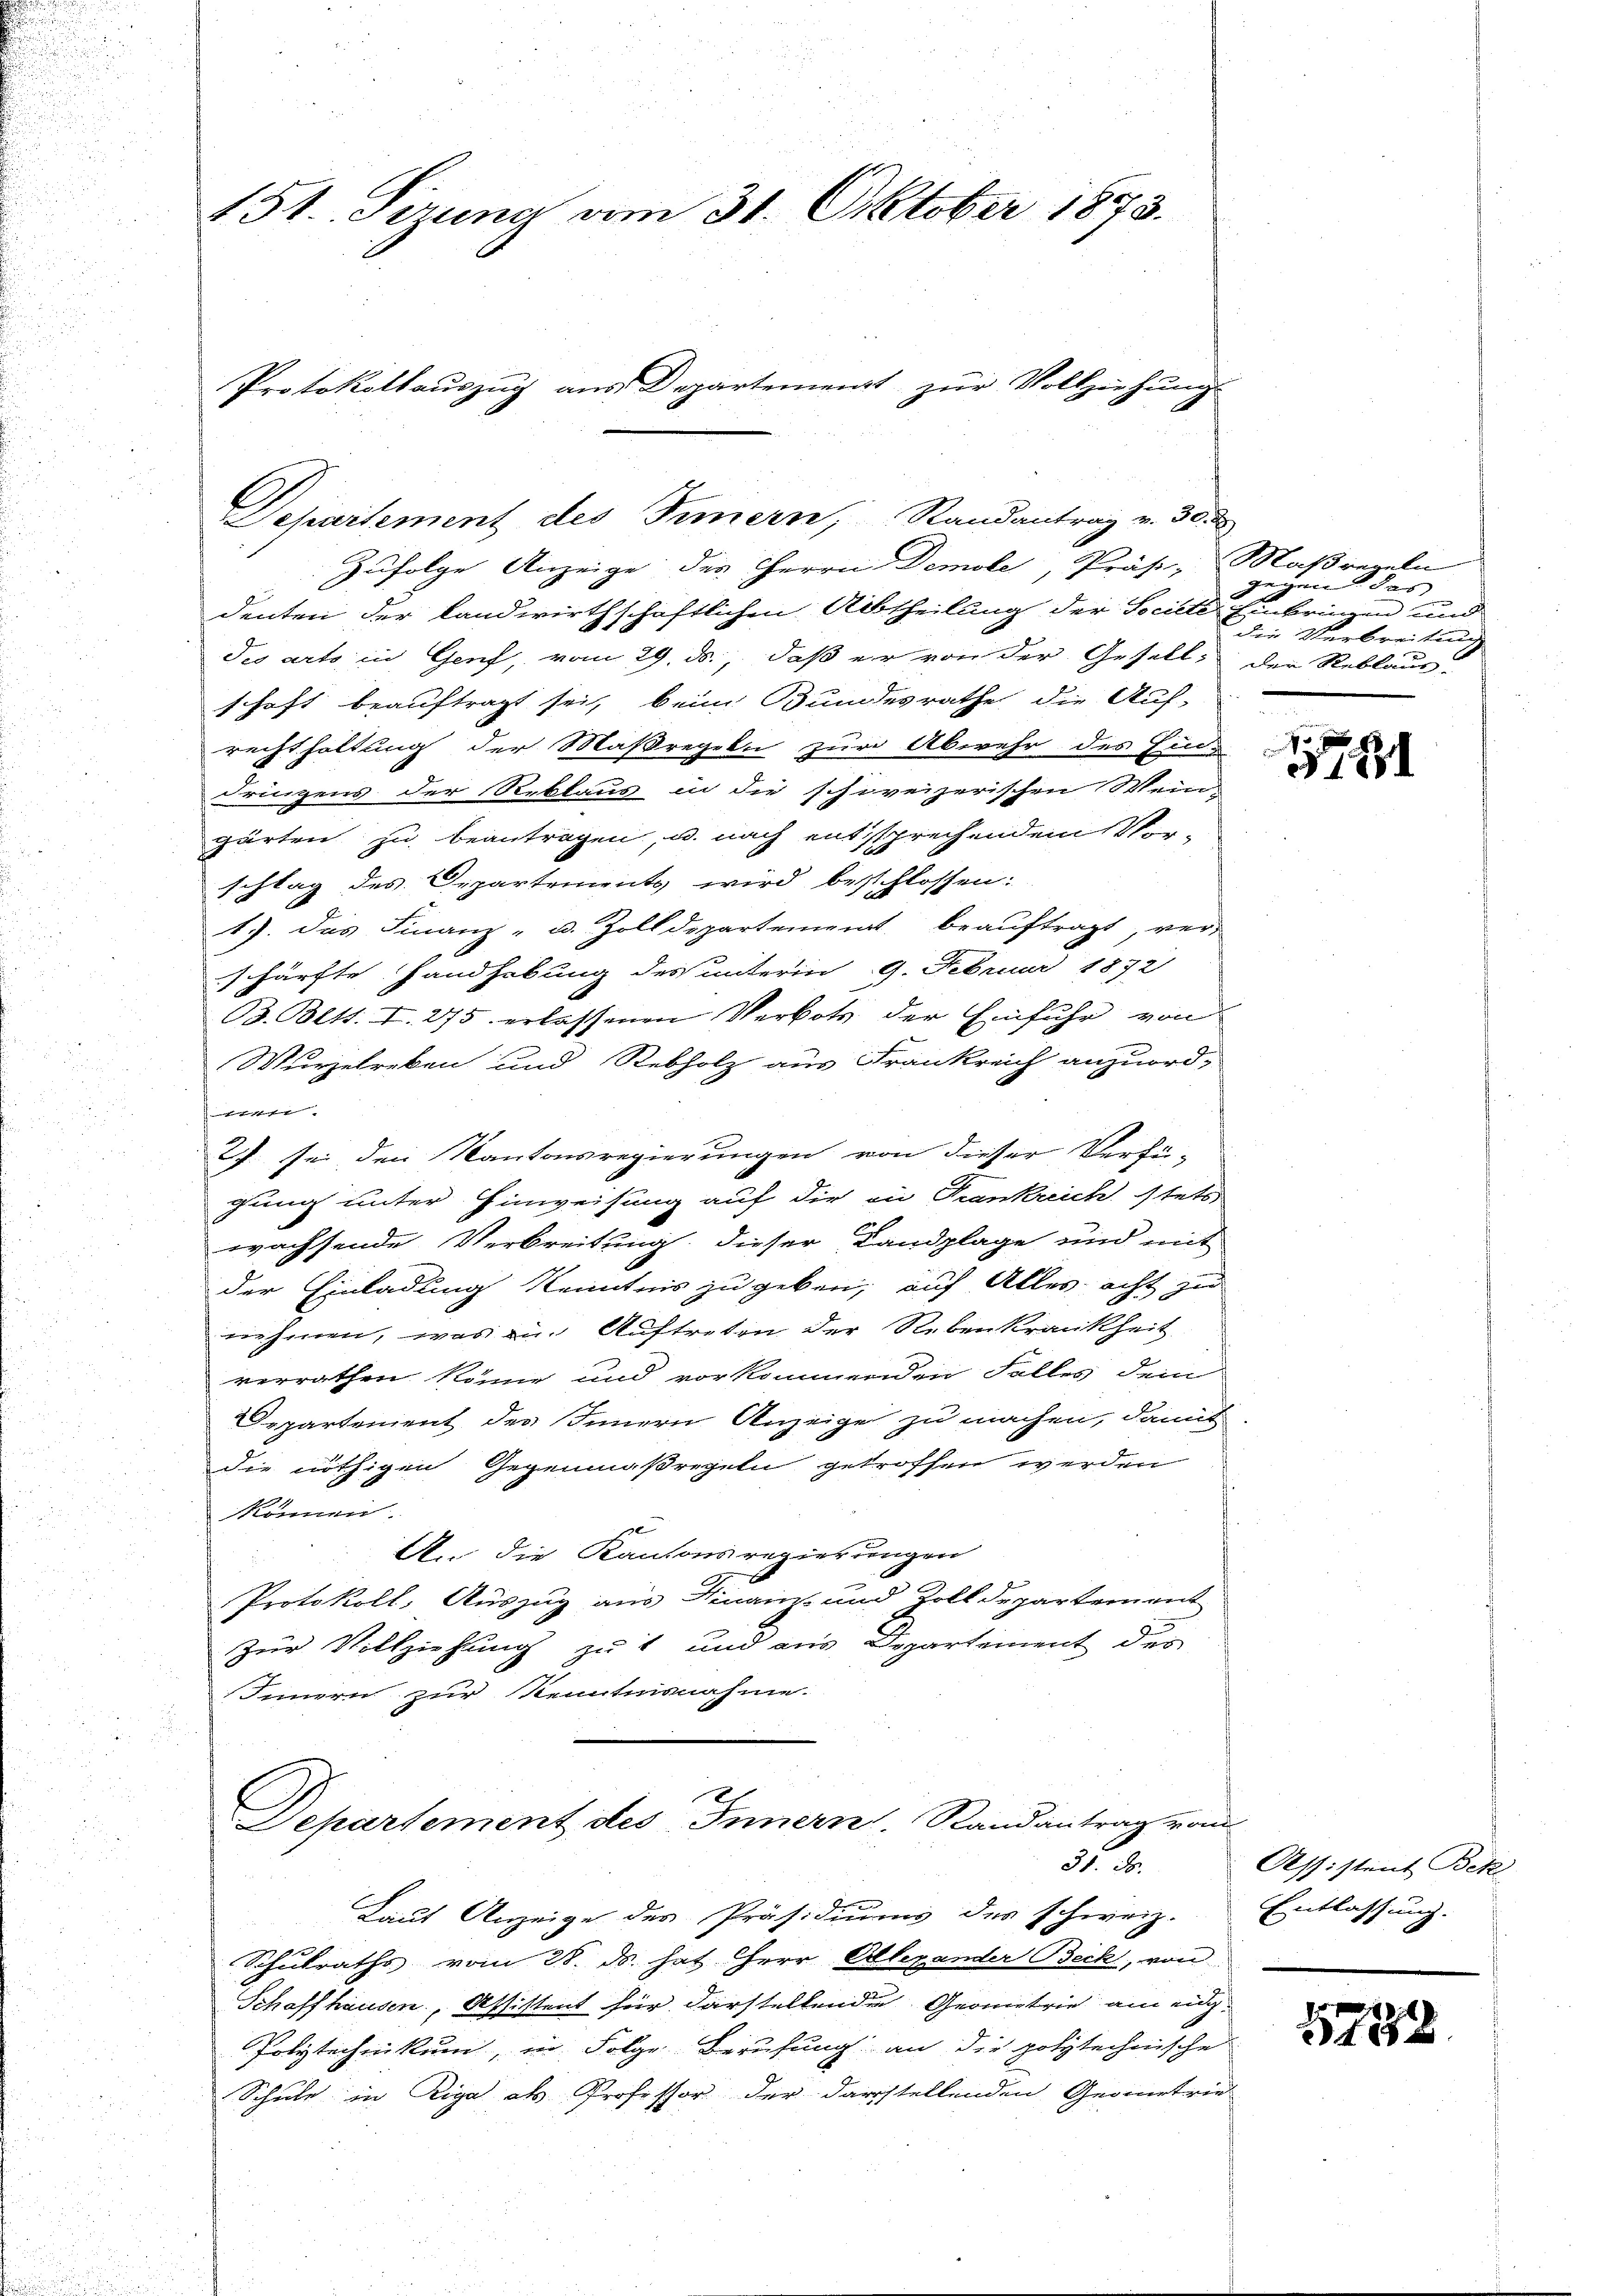
151. Sirung vom 31. Oktober 1873.
Protokollauszug aus Departement zur Vollziehung

Zufolge Anzeige des Herrn Demole, Präs, Maßregeln
denten der landwirthschaftlichen Abtheilung der Societe Einbringen und
des arto in Genf, vom 29. ds., daß er von der Gesell, der Reblaus-
schaft beauftragt sei, beim Bundesrathe die Auf-
rechthaltung der Maßregeln zur Abwehr des Ein-
dringens der Reklaus in die schireizerischen Wein-
gärten zu beantragen, u. nach entsprechendem Vor-
schlag des Departements wird beschlossen:
1). Das Finanz- u. Zolldepartement beauftragt, ver-
schärfte Handhabung des unterm 9. Februar 1872
B. Bett. I. 275 erlassenen Verbots der Einfuhr von

Wurzelreben und Rebholz aus Frankreich anzuordft
2) sei den Kantonsregierungen von dieser Verfü-
gung unter Hinweisung auf die an Frankreich stets
wachsende Verbreitung dieser Landplage und mit
der Einladung Kenntnis zu geben, auf Alles acht zu
nnehmen, was zu Auftreten der Rebenkrankheit
verrathen könne und vorkommenden Falles dem
Departement des Innern Anzeige zu machen, damit
die nöthigen Gegenmaßregeln getroffen werden
können.
An die Kantonsregierungen
Protokoll, Auszug aus Hinainz und Zolldepartement
Zur Vollziehung zu 1 und aus Departement des
Innern zur Kenntnisnahme.
E
Separtement des Innern, Randantrag vom
35. 30.
Laut Anzeige des Präsidiums der schweiz. Entlassung.
Schulraths vom 28. ds. hat Herr Alexander Beck, von
Schaffhausen, Assistent für darstellenden Geometrie am eig¬
Polytechnikum, in Folge Berufung an die polytechnische
Schule in Riga als Professor der darstellenden Geometrie-

Departement des Innern, Randantrag v. 30. d

gegen das
die Verbreitung

§ 1881

Assistent Bek.

5788